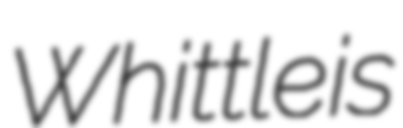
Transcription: Whittle is